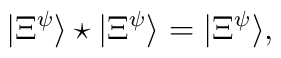
|\Xi^{\psi}\rangle\star|\Xi^{\psi}\rangle=|\Xi^{\psi}\rangle,